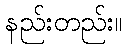
နည်းတည်း။